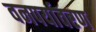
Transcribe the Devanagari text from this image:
वनपर्यावरण